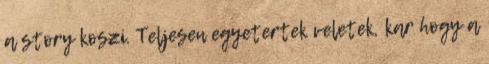
a story koszi. Teljesen egyetertek veletek, kar hogy a